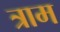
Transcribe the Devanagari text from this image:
त्राम